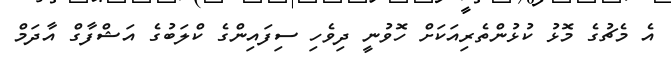
އެ މެޗުގެ މޮޅު ކުޅުންތެރިއަކަށް ހޮވުނީ ދިވެހި ސިފައިންގެ ކްލަބުގެ އަޝްފާގް އާދަމް